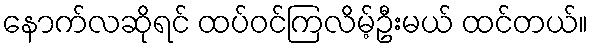
နောက်လဆိုရင် ထပ်ဝင်ကြလိမ့်ဦးမယ် ထင်တယ်။